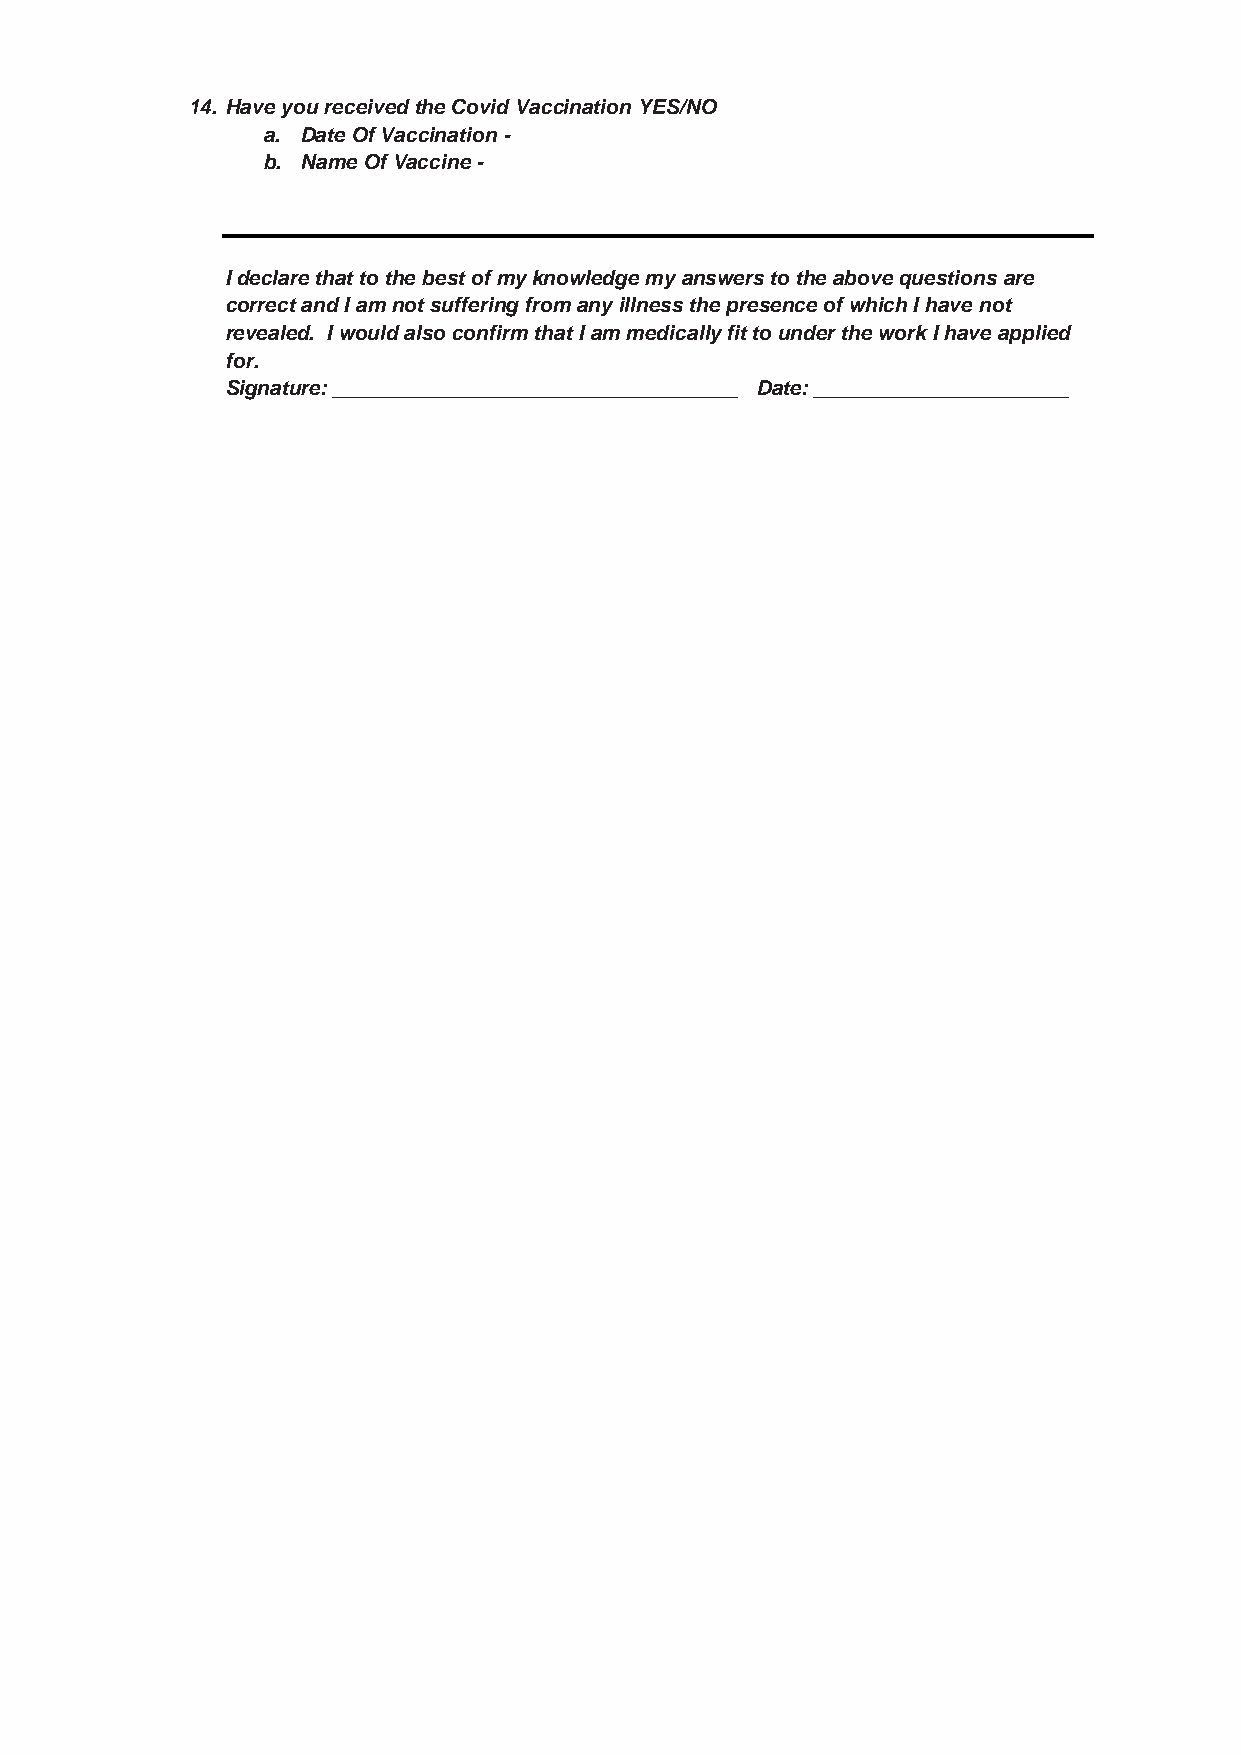
14. Have you received the Covid Vaccination YES/NO
 a. Date Of Vaccination -
 b. Name Of Vaccine -
 I declare that to the best of my knowledge my answers to the above questions are
 correct and I am not suffering from any illness the presence of which I have not
 revealed. I would also confirm that I am medically fit to under the work I have applied
 for.
 Signature: ___________________________________ Date: ______________________